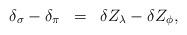
LaTeX: \begin{align*}\begin{array}{rcl}\delta_{\sigma}-\delta_{\pi}&=&\delta Z_{\lambda}-\delta Z_{\phi},\end{array}\end{align*}